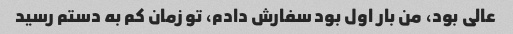
عالی بود، من بار اول بود سفارش دادم، تو زمان کم به دستم رسید